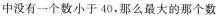
中没有一个数小于40，那么最大的那个数